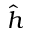
\hat { h }